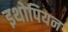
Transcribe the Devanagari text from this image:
इथोपियन